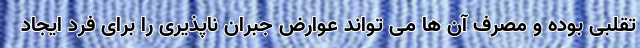
تقلبی بوده و مصرف آن ها می تواند عوارض جبران ناپذیری را برای فرد ایجاد